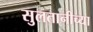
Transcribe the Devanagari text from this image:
सुलतानीच्या